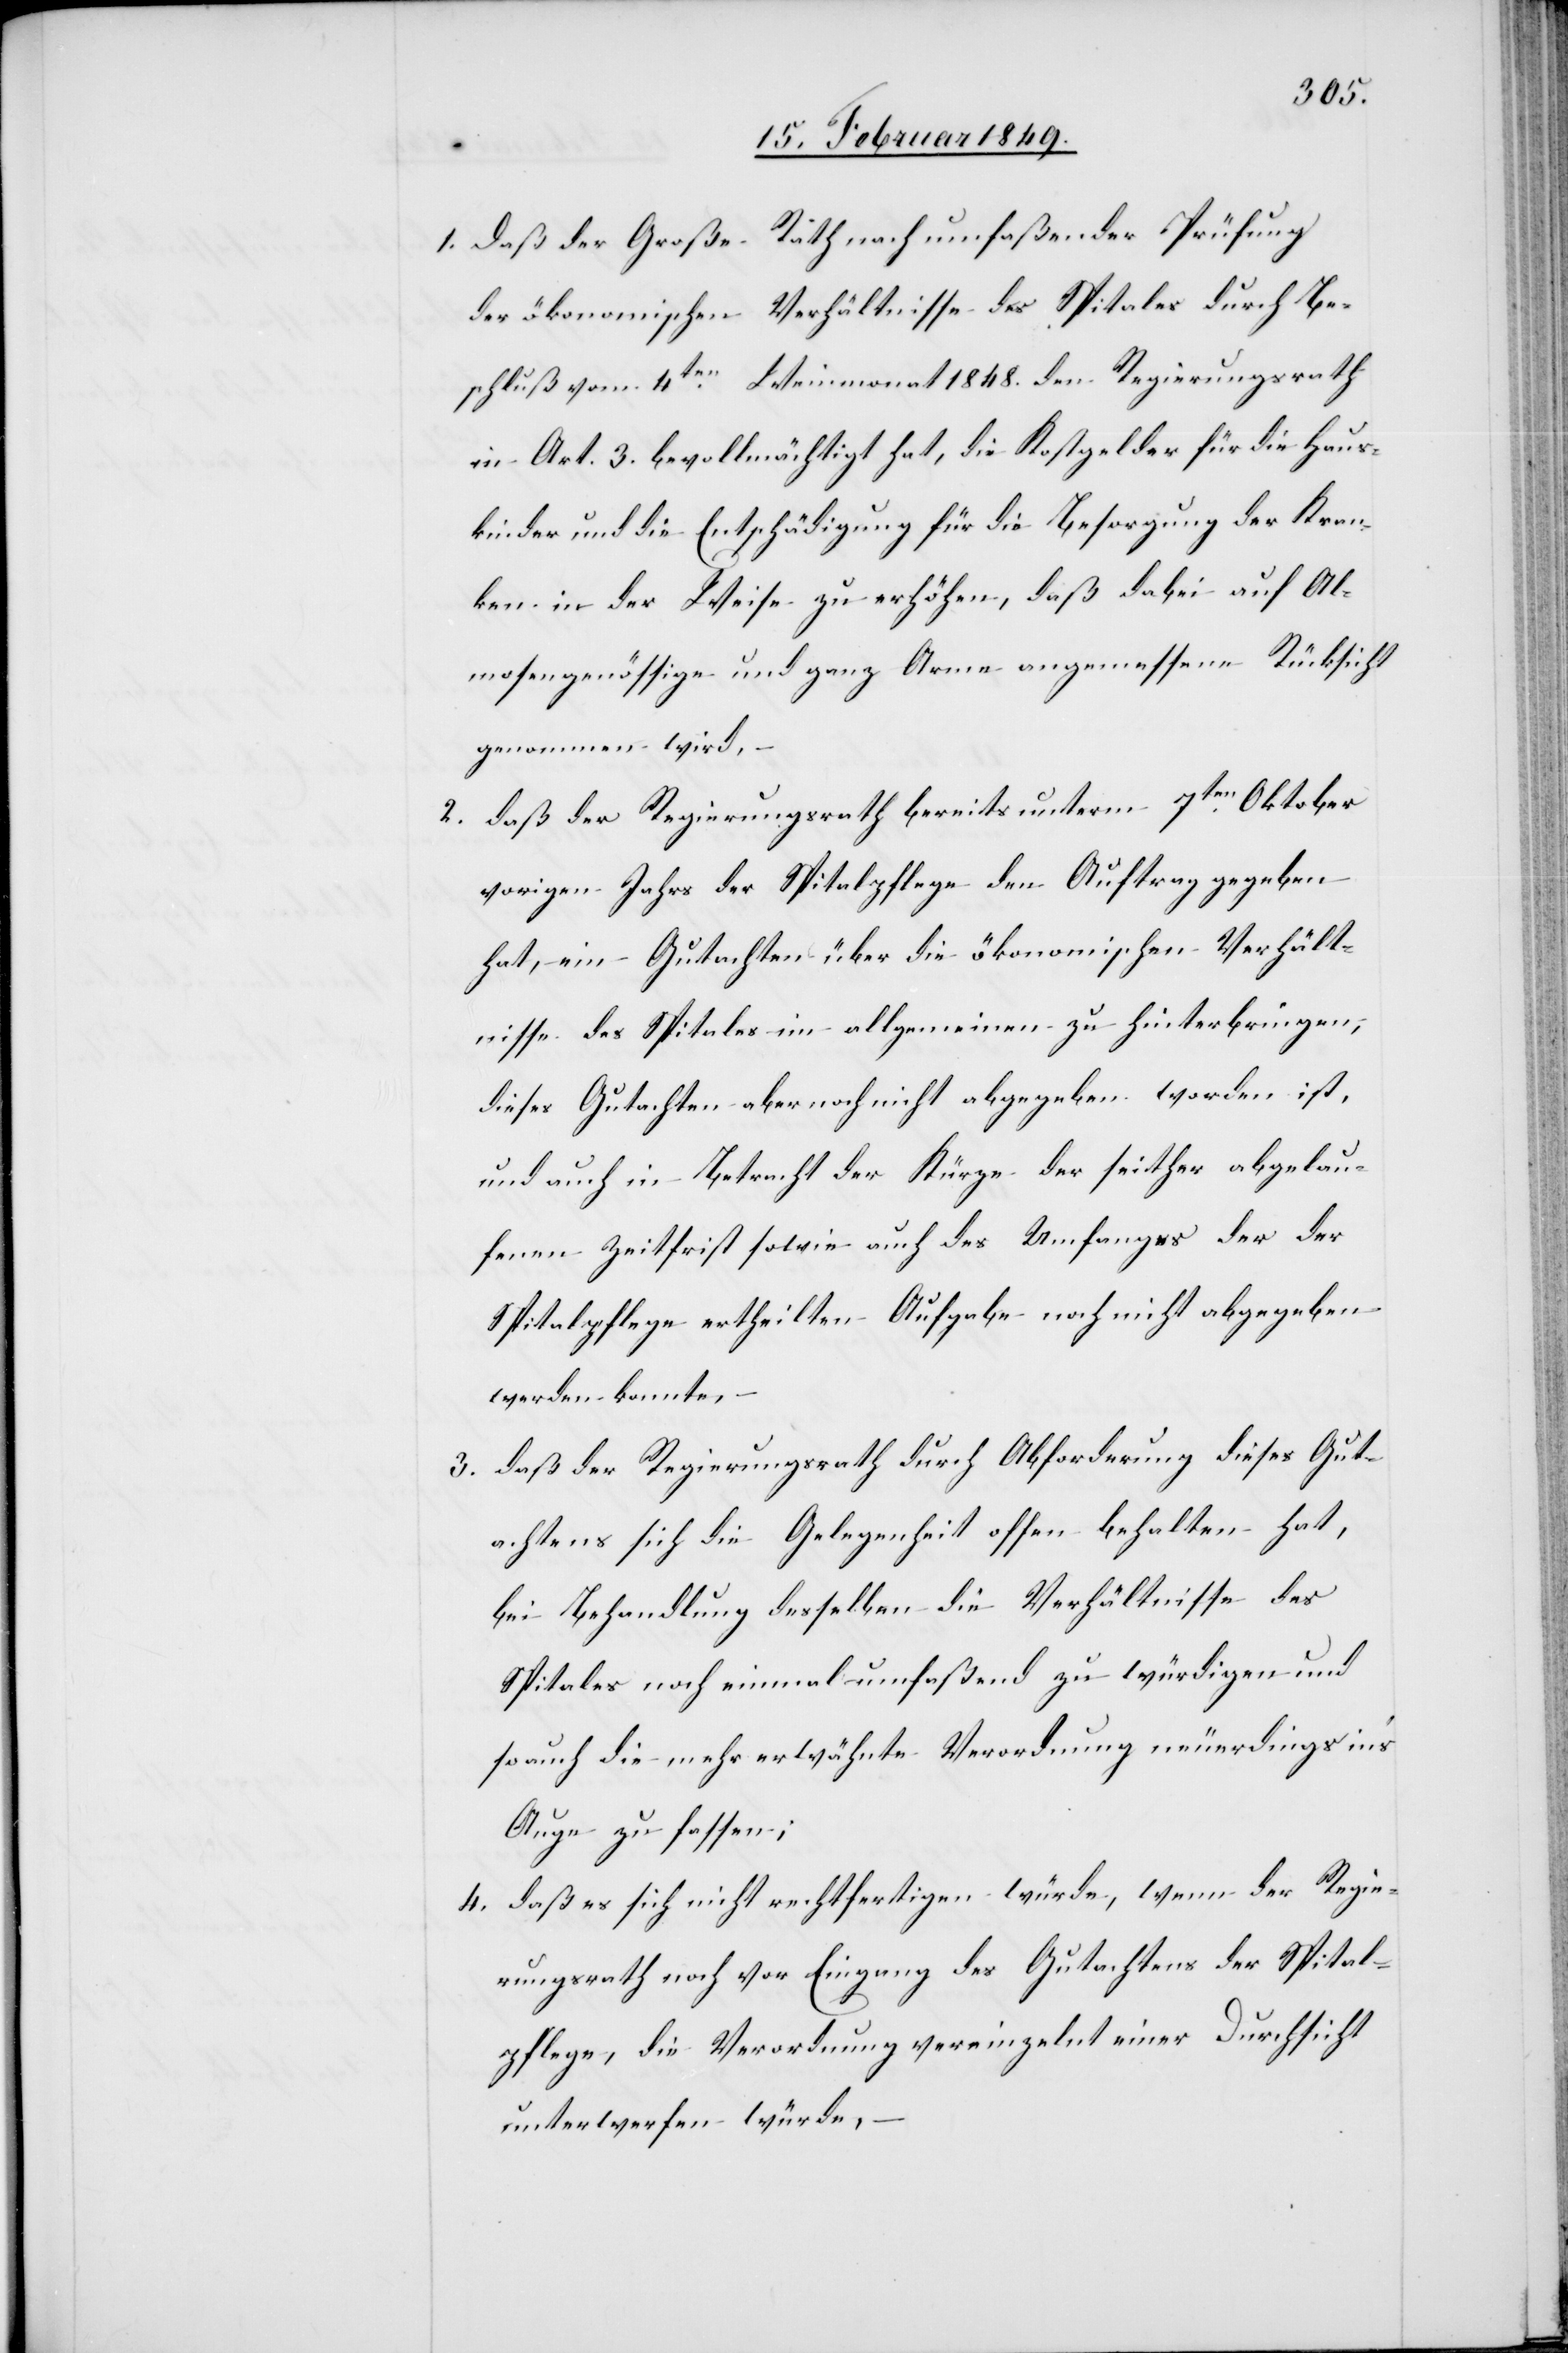
1. daß der Große Rath nach umfaßender Prüfung
der ökonomischen Verhältnisse des Spitales durch Be¬
schluß vom 4ten. Weinmonat 1848. den Regierungsrath
in Art. 3. bevollmächtigt hat, die Kostgelder für die Haus¬
kinder und die Entschädigung für die Besorgung der Kran¬
ken in der Weise zu erhöhen, daß dabei auf Al¬
mosengenössige und ganz Arme angemessen Rücksicht
genommen wird,
2. daß der Regierungsrath bereits unterm 7ten. Oktober
vorigen Jahrs der Spitalpflege den Auftrag gegeben
hat, ein Gutachten über die ökonomischen Verhält¬
nisse des Spitales im allgemeinen zu hinterbringen;
dieses Gutachten aber noch nicht abgegeben worden ist,
und auch in Betracht der Kürze der seither abgelau¬
fenen Zeitfrist sowie auch des Umfanges der der
Spitalpflege ertheilten Aufgabe noch nicht abgegeben
werden konnte, –
3. daß der Regierungsrath durch Abforderung dieses Gut¬
achtens sich die Gelegenheit offen behalten hat,
bei Behandlung desselben die Verhältnisse des
Spitales noch einmal umfaßend zu würdigen und
so auch die mehr erwähnte Verordnung neuerdings in’s
Auge zu fassen;
4. daß es sich nicht rechtfertigen würde, wenn der Regie¬
rungsrath noch vor Eingang des Gutachtens der Spital¬
pflege, die Verordnung vereinzelnt [sic!] einer Durchsicht
unterwerfen würde, –